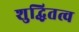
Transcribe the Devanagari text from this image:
शुद्धितत्व